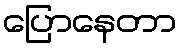
ပြောနေတာ